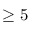
\geq 5